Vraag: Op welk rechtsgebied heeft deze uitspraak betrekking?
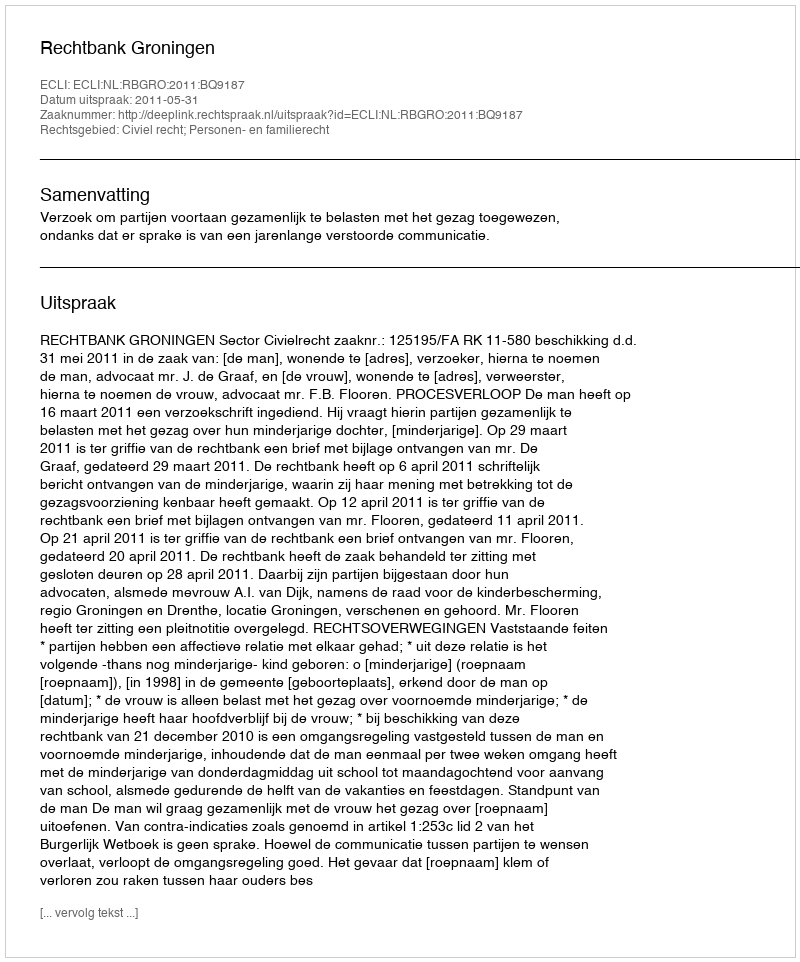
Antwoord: Civiel recht; Personen- en familierecht